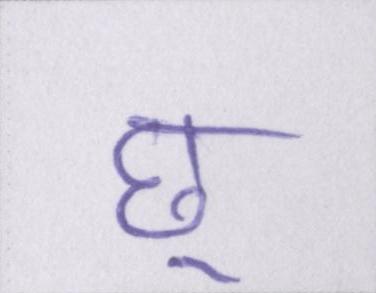
छू